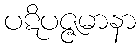
ပဋိပဇ္ဇမာနာ